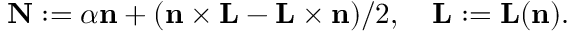
{ \bf N } : = \alpha { \bf n } + ( { \bf n } \times { \bf L } - { \bf L } \times { \bf n } ) / 2 , \quad { \bf L } : = { \bf L } ( { \bf n } ) .